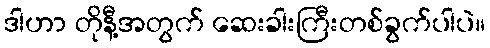
ဒါဟာ တိုနီ့အတွက် ဆေးခါးကြီးတစ်ခွက်ပါပဲ။